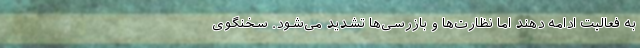
به فعالیت ادامه دهند اما نظارت‌ها و بازرسی‌ها تشدید می‌شود. سخنگوی